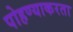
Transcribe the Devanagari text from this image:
पोहण्याकरता